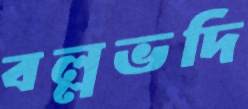
বল্লভদি